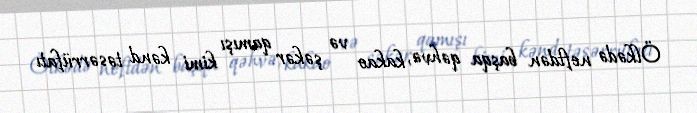
Ölkədə neftdən başqa qəhvə, kakao və şəkər qamışı kimi kənd təsərrüfatı